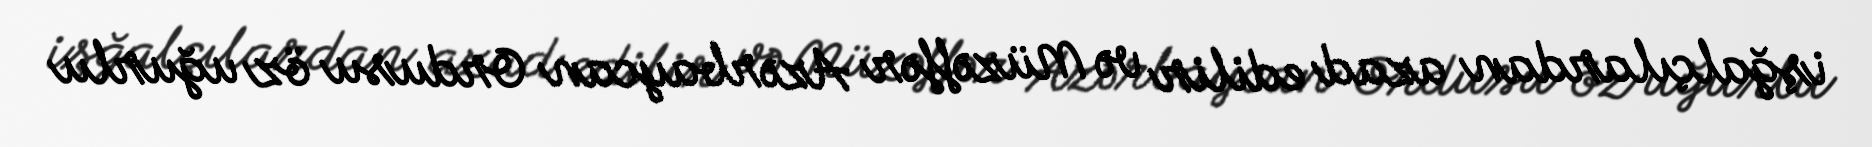
işğalçılardan azad edilir və Müzəffər Azərbaycan Ordusu öz uğurlu